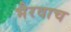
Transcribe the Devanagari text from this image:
भैरवाच